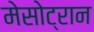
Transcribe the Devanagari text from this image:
मेसोट्रान